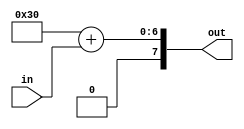
module bcd2ascii(in, out);

input  [3 : 0] in;
output [7 : 0] out;

assign out = 8'h30 + in;

endmodule